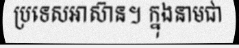
ប្រទេសអាស៊ាន។ ក្នុងនាមជា